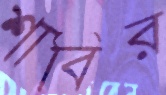
শাবির